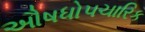
ઔષધોપચારિક